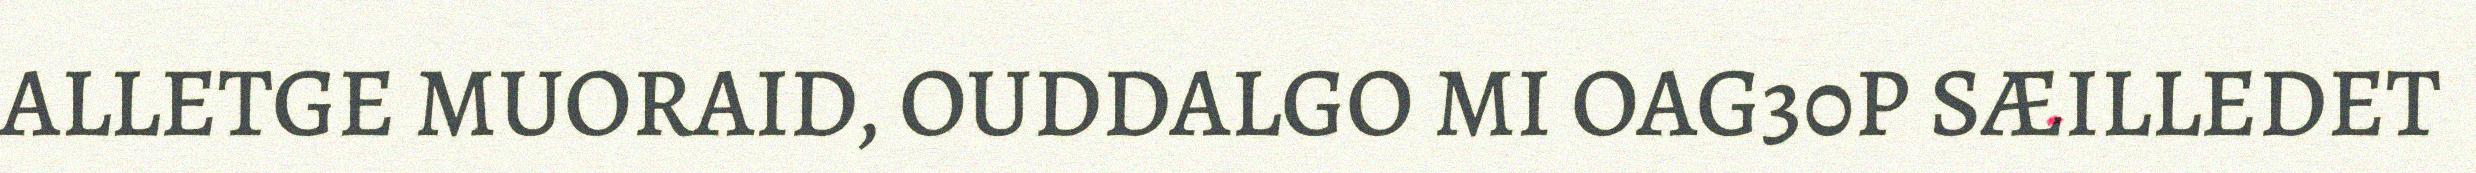
ALLETGE MUORAID, OUDDALGO MI OAG30P SÆILLEDET